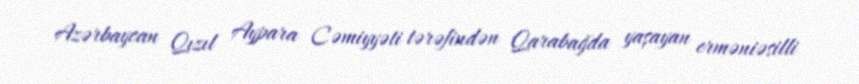
Azərbaycan Qızıl Aypara Cəmiyyəti tərəfindən Qarabağda yaşayan erməniəsilli